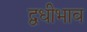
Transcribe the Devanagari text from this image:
द्वधीभाव